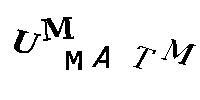
UMMATM